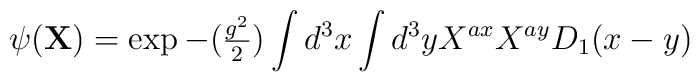
\psi({\bf X}) = \exp{ -({\textstyle{g^2 \over2}})                            \int d^3 x \int d^3 y X^{ax}X^{ay} D_{1}(x-y)}